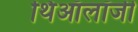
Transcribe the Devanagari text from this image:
थिऑलॉजी